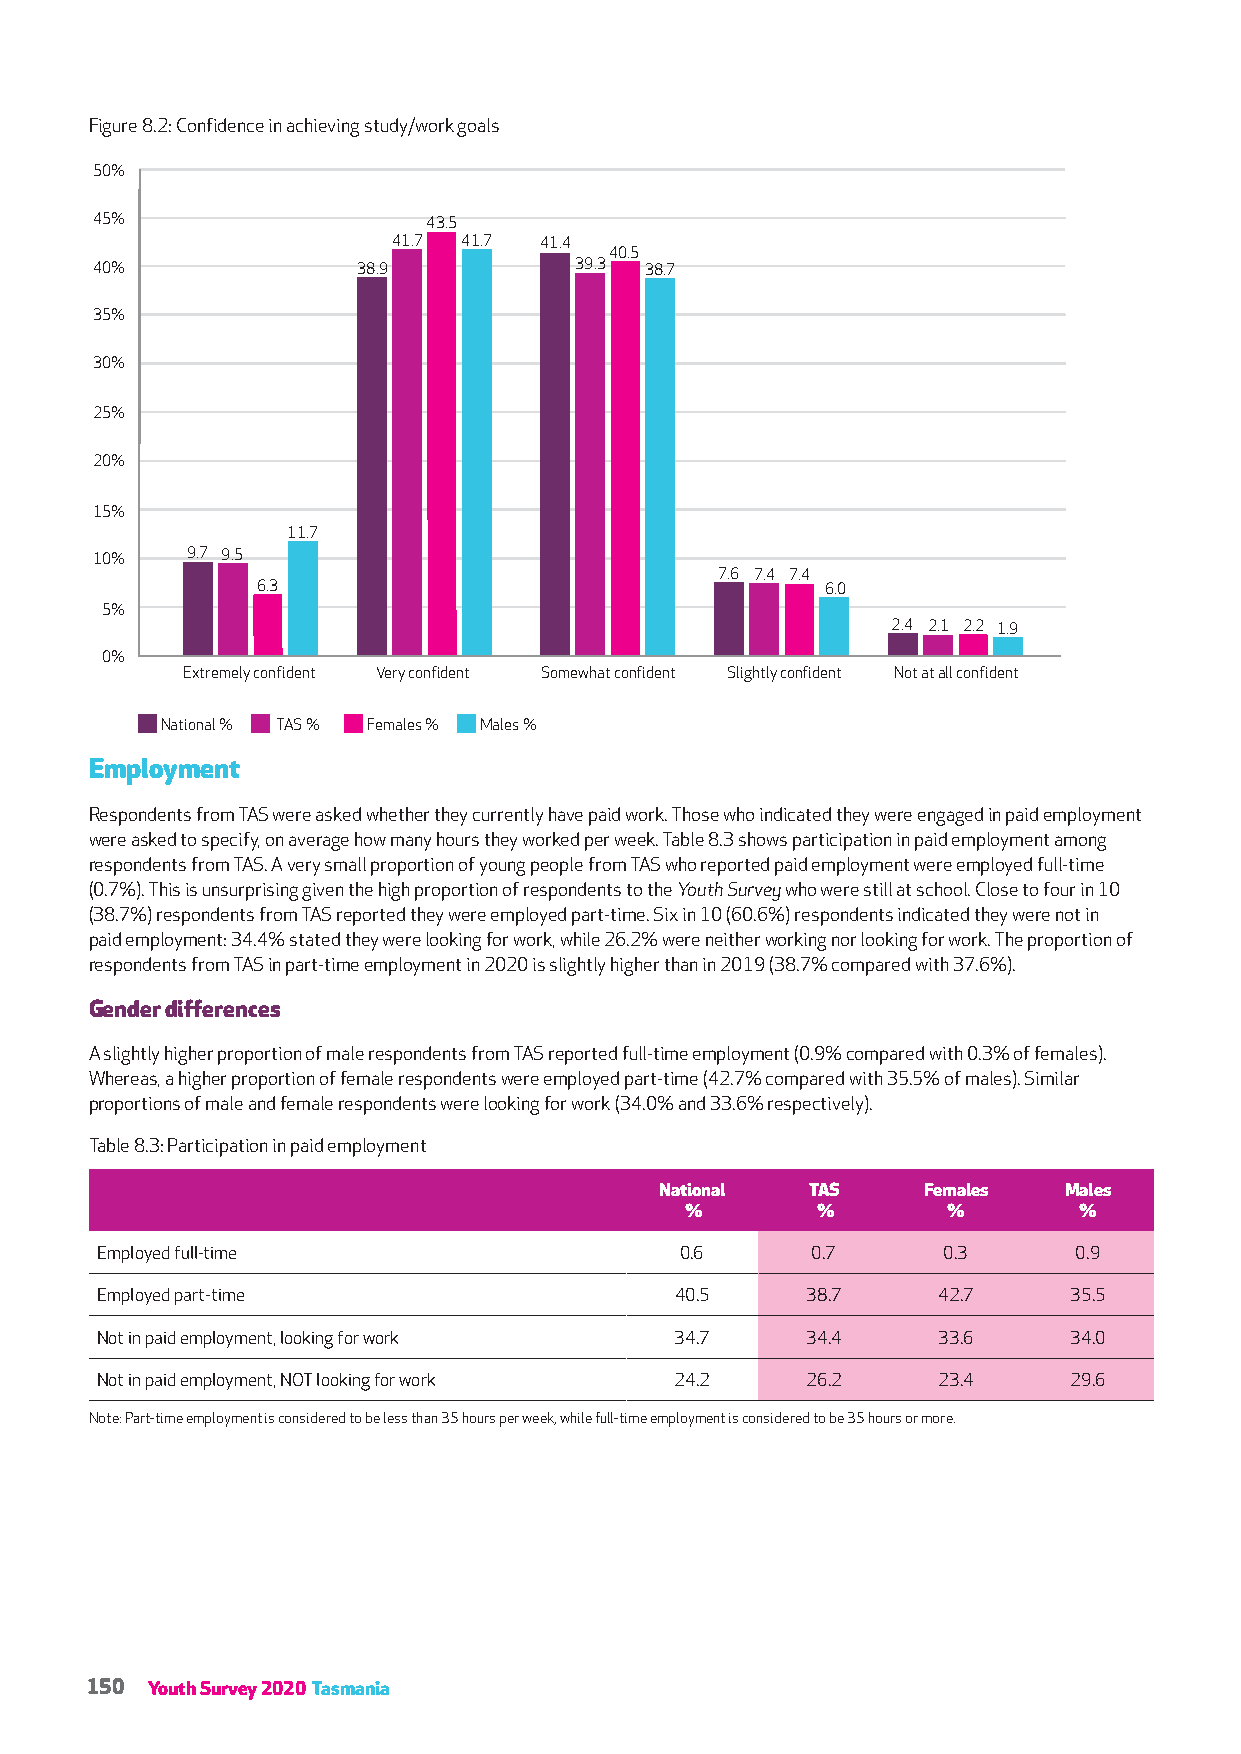
Figure 8.2: Confidence in achieving study/work goals
 50%
 45%                   43.5
 41.7 41.7 41.4
 40.5
 40%               38.9          39.3 38.7
 35%
 30%
 25%
 20%
 15%
 11.7
 9.7 9.5
 10%
 7.6 7.4 7.4
 6.3                                   6.0
 5%
 2.4 2.1 2.2 1.9
 0%
 Extremely confident Very confident Somewhat confident Slightly confident Not at all confident
 National % TAS % Females % Males %
 Employment
 Respondents from TAS were asked whether they currently have paid work. Those who indicated they were engaged in paid employment
 were asked to specify, on average how many hours they worked per week. Table 8.3 shows participation in paid employment among
 respondents from TAS. A very small proportion of young people from TAS who reported paid employment were employed full-time
 (0.7%). This is unsurprising given the high proportion of respondents to the Youth Survey who were still at school. Close to four in 10
 (38.7%) respondents from TAS reported they were employed part-time. Six in 10 (60.6%) respondents indicated they were not in
 paid employment: 34.4% stated they were looking for work, while 26.2% were neither working nor looking for work. The proportion of
 respondents from TAS in part-time employment in 2020 is slightly higher than in 2019 (38.7% compared with 37.6%).
 Gender differences
 A slightly higher proportion of male respondents from TAS reported full-time employment (0.9% compared with 0.3% of females).
 Whereas, a higher proportion of female respondents were employed part-time (42.7% compared with 35.5% of males). Similar
 proportions of male and female respondents were looking for work (34.0% and 33.6% respectively).
 Table 8.3: Participation in paid employment
 National  TAS    Females  Males
 %        %        %       %
 Employed full-time                     0.6      0.7     0.3      0.9
 Employed part-time                     40.5    38.7     42.7     35.5
 Not in paid employment, looking for work 34.7  34.4     33.6     34.0
 Not in paid employment, NOT looking for work 24.2 26.2  23.4     29.6
 Note: Part-time employment is considered to be less than 35 hours per week, while full-time employment is considered to be 35 hours or more.
 150 Youth Survey 2020 Tasmania